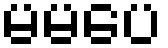
မမပေ